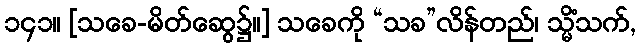
၁၄၁။ [သခေ-မိတ်ဆွေ၌။] သခေကို “သခ”လိန်တည်၊ သ္မိံသက်,